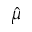
\hat { \mu }